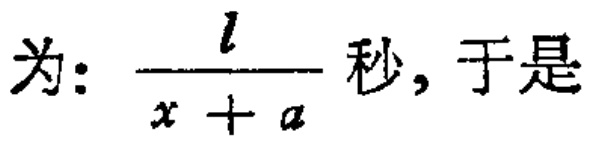
为: \(\frac{l}{x + a}\) 秒, 于是